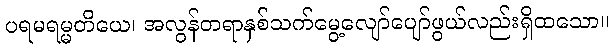
ပရမရမ္မတိယေ၊ အလွန်တရာနှစ်သက်မွေ့လျော်ပျော်ဖွယ်လည်းရှိထသော။